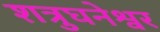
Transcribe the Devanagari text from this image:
शत्रुघनेश्वर